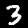
Digit: 3